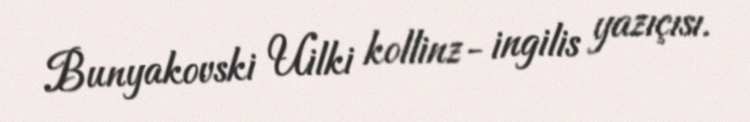
Bunyakovski Uilki kollinz- ingilis yazıçısı.